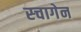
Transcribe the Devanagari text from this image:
स्चागेन